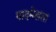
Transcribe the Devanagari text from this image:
पादमेखला